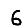
Digit: 6